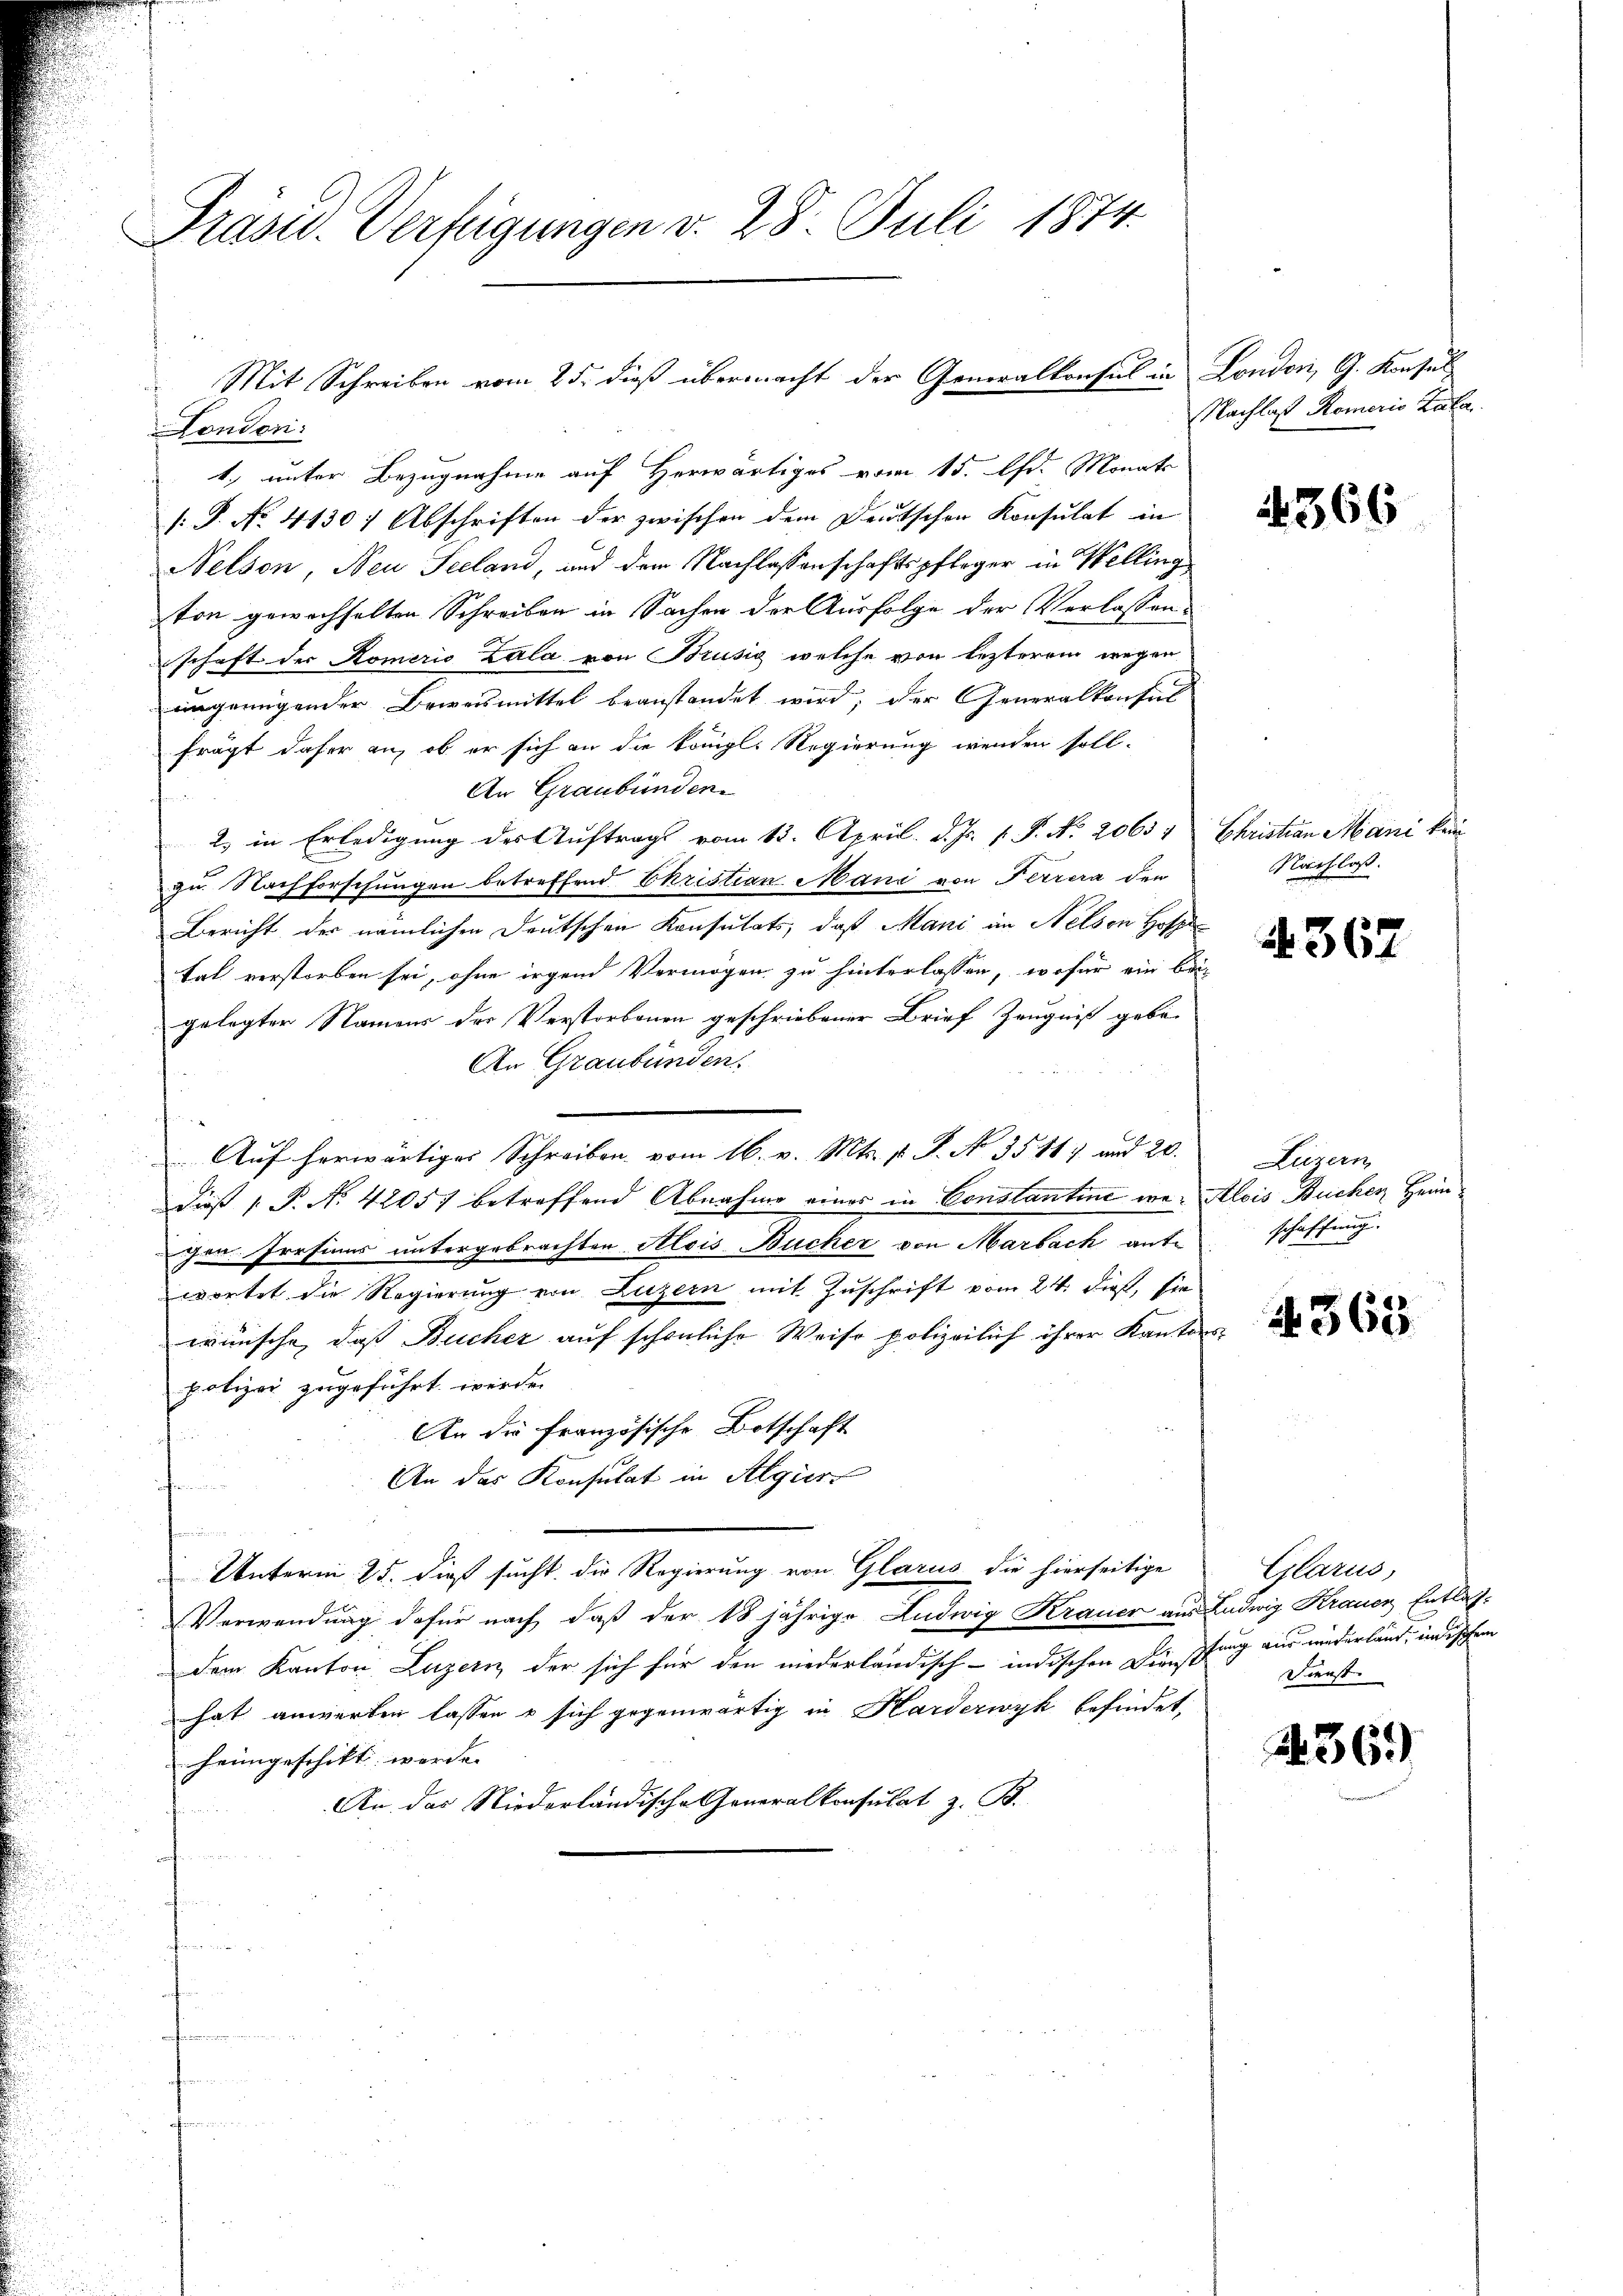
Präsid. Verfügungen v. 28. Juli 1874.

London:
1. unter Bezugnahme auf Herwärtiges vom 15. Chr. Monats
/: P. No. 4130: Abschriften der zwischen dem Deutschen Konsulat in
Nelsen, Neu Seeland, und dem Nachlassenschaftspfleger in Welling
ton gewechselten Schreiben in Sachen der Ausfolge der Verlassenschaft der Komerio Zala von Brusig, welche von lezterem wegen
ungenügender Beweismittel beanstandet wird, der Generalkonsul
frägt daher an, ob er sich an die Königl. Regierung werden soll-
An Graubünden.
2) in Erledigung des Auftrags vom 13. April d. Js. v. P. Nr. 2063:
zu. Nachforschungen betreffend Christian Mani von Ferrera den
Bericht der nämlichen Deutschen Konsulats, daß Mani im Nelsen Hospe
tal verstorben sei, ohne irgend Vermögen zu hinterlassen, wofür ein be-
gelegter Namens der Verstorbenen geschriebener Brief Zeugniß geben
An Graubünden.
Auf herwärtiges Schreiben vom 16. v. Mts. v. P. N. 35. 117 und 20.
Dieß P. Nr. 42057 betreffend Abnahme eines in Constantine wegen. Irrsinns untergebrachten Alois Bücher von Marbach ant
wortet die Regierung von Luzern mit Zuschrift vom 24. dieß, sie
wünsche, daß Bucher auf schönliche Weise polizeilich ihrer Kantopolizei zugeführt werden
An die französische Botschaft
An das Konsulat in Algier
ofernun
Unterm 25. dieß sucht, die Regierung von Glarus die hierseitige
Verwendung dafür nach, daß der 18 jährige Ludwig Krauer aus Ludwig Krauen Entlasdem Kanton Luzern, der sich für den niederländisch-indischen Dinstung aus niederlang, indischen
hat anwerben lassen u sich gegenwärtig in Harderwyk befindet,
heimgeschickt worde.
An das Niederländische Generalkonsulat z. B.
u
ten

Mit Schreiben vom 25. dieß übermacht der Generalkonsul in London, G. Konsul

Nachlaß Romerio Zaka

1

t

4366

Ehristian Mani kann
Nachlass.

A 362

Luzern
Alois Bucher Heim
schaffung.

2365

Glarus,
Dienst |

4361)